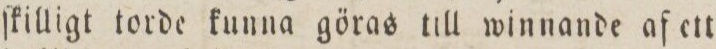
ſkilligt torde kunna göras till winnande af ett